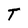
Character: T